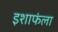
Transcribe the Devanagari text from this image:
इशाफंला